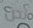
نحن